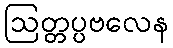
ဩတ္တပ္ပဗလေန